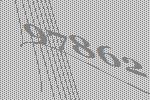
97862